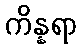
ကိန္နရာ